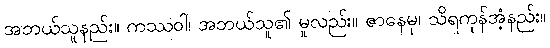
အဘယ်သူနည်း။ ကဿဝါ၊ အဘယ်သူ၏ မူလည်း။ ဇာနေမု၊ သိရကုန်အံ့နည်း။